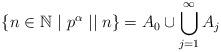
LaTeX: \begin{align*} \{ n \in \mathbb{N} \ | \ p^{\alpha} \mid \mid n\} = A_0 \cup \bigcup_{j=1}^{\infty} A_j\end{align*}